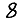
Digit: 8